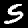
Digit: 5